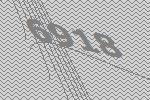
6918